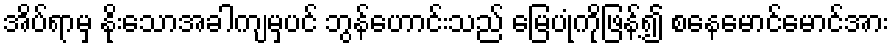
အိပ်ရာမှ နိုးသောအခါကျမှပင် ဘွန်ဟောင်းသည် မြေပုံကိုဖြန့်၍ စနေမောင်မောင်အား